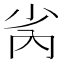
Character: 𫴻